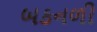
બકનળી